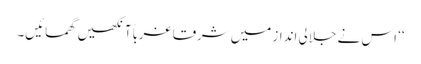
‘‘ اس نے جلالی انداز میں شرقاً غرباً آنکھیں گھمائیں۔